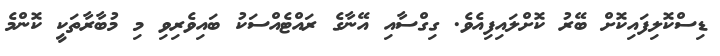
ޑިސްކޮލިފައިކޮށް ބޭރު ކޮށްލައިފިއެވެ. ގިގްސާއި އޭނާގެ ރައްޓެއްސަކު ބައިވެރިވި މި މުބާރާތަކީ ކޮންމެ